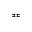
\eqcirc